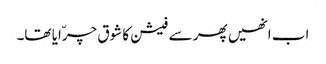
اب انھیں پھر سے فیشن کا شوق چرّایا تھا۔